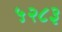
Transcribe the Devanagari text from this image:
५२८३